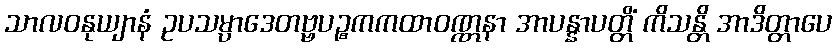
သာလဝနုယျာနံ ဥပသမ္ပာဒေတဗ္ဗပဉ္စကကထာဝဏ္ဏနာ အာပန္နာပတ္တိံ ကိသန္တိ အာဒိတ္တာပေ